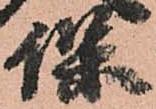
保